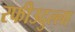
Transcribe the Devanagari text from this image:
रफीउदुल्ला